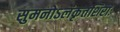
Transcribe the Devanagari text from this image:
सुमनोऽलंकृतशिराः